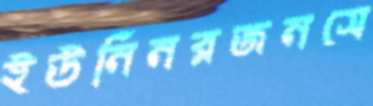
ইউনিনরজনসে